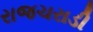
રાજચરાડી